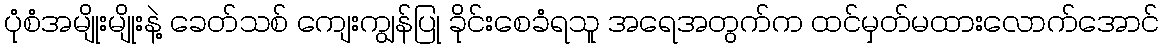
ပုံစံအမျိုးမျိုးနဲ့ ခေတ်သစ် ကျေးကျွန်ပြု ခိုင်းစေခံရသူ အရေအတွက်က ထင်မှတ်မထားလောက်အောင်